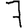
Digit: 7